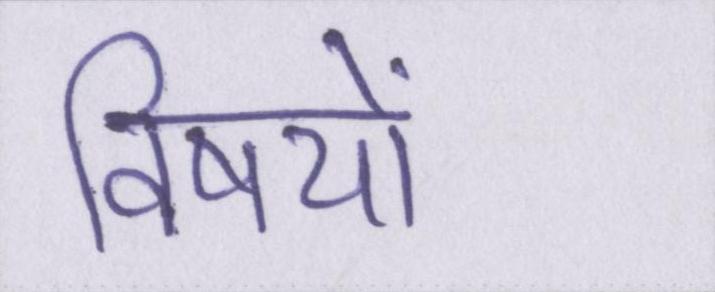
विषयों